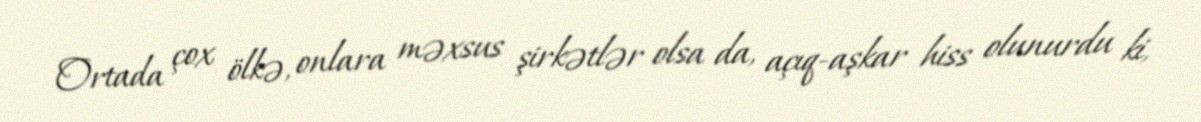
Ortada çox ölkə, onlara məxsus şirkətlər olsa da, açıq-aşkar hiss olunurdu ki,